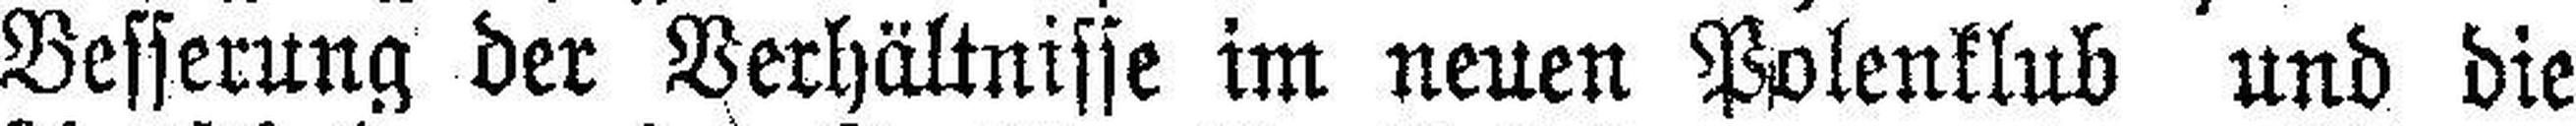
Besserung der Verhältnisse im neuen Polenklub und die